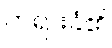
တရားခံ၏